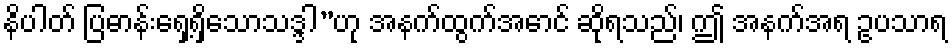
နိပါတ် ပြဓာန်းရှေ့ရှိသောသဒ္ဒါ”ဟု အနက်ထွက်အောင် ဆိုရသည်၊ ဤ အနက်အရ ဥပသာရ